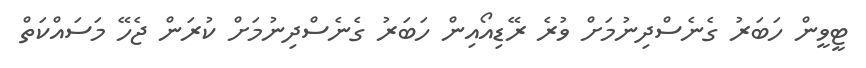
ޓީވީން ހަބަރު ގެނެސްދިނުމަށް ވުރެ ރޭޑިއޯއިން ހަބަރު ގެނެސްދިނުމަށް ކުރަން ޖެހޭ މަސައްކަތް